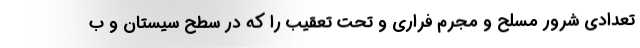
تعدادی شرور مسلح و مجرم فراری و تحت تعقیب را که در سطح سیستان و ب